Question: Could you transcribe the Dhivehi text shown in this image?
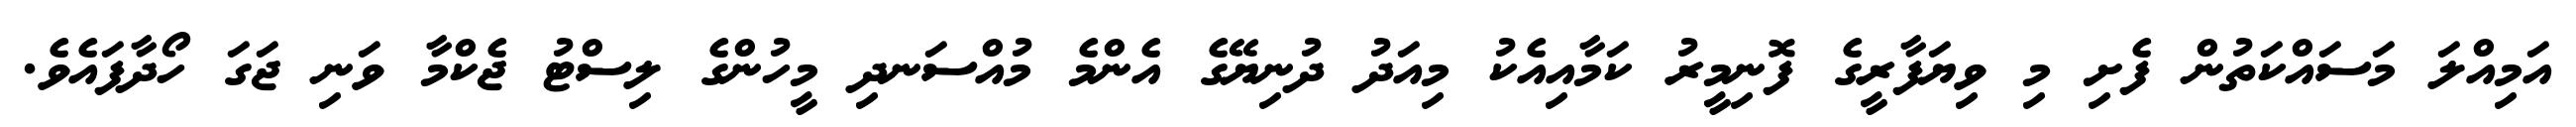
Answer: އަމިއްލަ މަސައްކަތުން ފެށި މި ވިޔަފާރީގެ ފޮނިމީރު ކަމާއިއެކު މިއަދު ދުނިޔޭގެ އެންމެ މުއްސަނދި މީހުންގެ ލިސްޓު ޖެކްމާ ވަނި ޖަގަ ހޯދާފައެވެ.